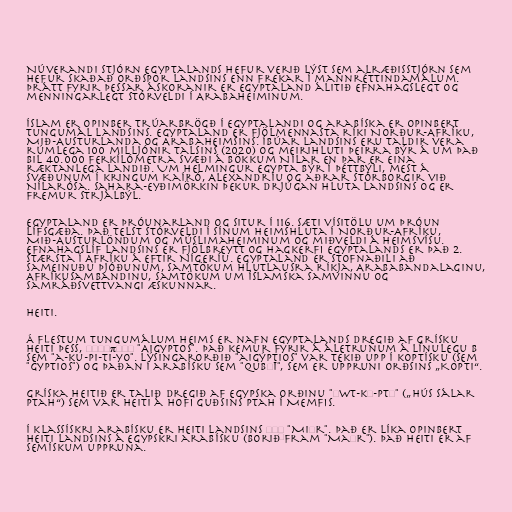
Núverandi stjórn Egyptalands hefur verið lýst sem alræðisstjórn sem
hefur skaðað orðspor landsins enn frekar í mannréttindamálum.
Þrátt fyrir þessar áskoranir er Egyptaland álitið efnahagslegt og
menningarlegt stórveldi í Arabaheiminum.

Íslam er opinber trúarbrögð í Egyptalandi og arabíska er opinbert
tungumál landsins. Egyptaland er fjölmennasta ríki Norður-Afríku,
Mið-Austurlanda og Arabaheimsins. Íbúar landsins eru taldir vera
rúmlega 100 milljónir talsins (2020) og meirihluti þeirra býr á um það
bil 40.000 ferkílómetra svæði á bökkum Nílar en þar er eina
ræktanlega landið. Um helmingur Egypta býr í þéttbýli, mest á
svæðunum í kringum Kaíró, Alexandríu og aðrar stórborgir við
Nílarósa. Sahara-eyðimörkin þekur drjúgan hluta landsins og er
fremur strjálbýl.

Egyptaland er þróunarland og situr í 116. sæti vísitölu um þróun
lífsgæða. Það telst stórveldi í sínum heimshluta í Norður-Afríku,
Mið-Austurlöndum og múslimaheiminum og miðveldi á heimsvísu.
Efnahagslíf landsins er fjölbreytt og hagkerfi Egyptalands er það 2.
stærsta í Afríku á eftir Nígeríu. Egyptaland er stofnaðili að
Sameinuðu þjóðunum, Samtökum hlutlausra ríkja, Arababandalaginu,
Afríkusambandinu, Samtökum um íslamska samvinnu og
Samráðsvettvangi æskunnar.

Heiti.

Á flestum tungumálum heims er nafn Egyptalands dregið af grísku
heiti þess, Αἴγυπτος "Aigyptos". Það kemur fyrir á áletrunum á línulegu B
sem "a-ku-pi-ti-yo". Lýsingarorðið "aigýptios" var tekið upp í koptísku (sem
"gyptios") og þaðan í arabísku sem "qubṭī", sem er uppruni orðsins „Kopti“.

Gríska heitið er talið dregið af egypska orðinu "ḥwt-kȝ-ptḥ" („hús sálar
Ptah“) sem var heiti á hofi guðsins Ptah í Memfis.

Í klassískri arabísku er heiti landsins مِصر "Miṣr". Það er líka opinbert
heiti landsins á egypskri arabísku (borið fram "Maṣr"). Það heiti er af
semískum uppruna.